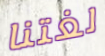
لغتنا